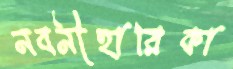
নবনীহারিকা